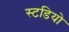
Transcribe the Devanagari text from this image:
स्टडियो